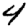
Digit: 4